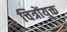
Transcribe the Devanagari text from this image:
चित्रोंयुक्त